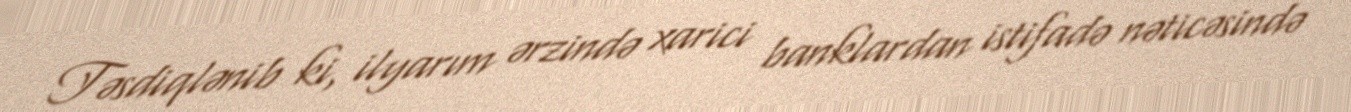
Təsdiqlənib ki, ilyarım ərzində xarici banklardan istifadə nəticəsində